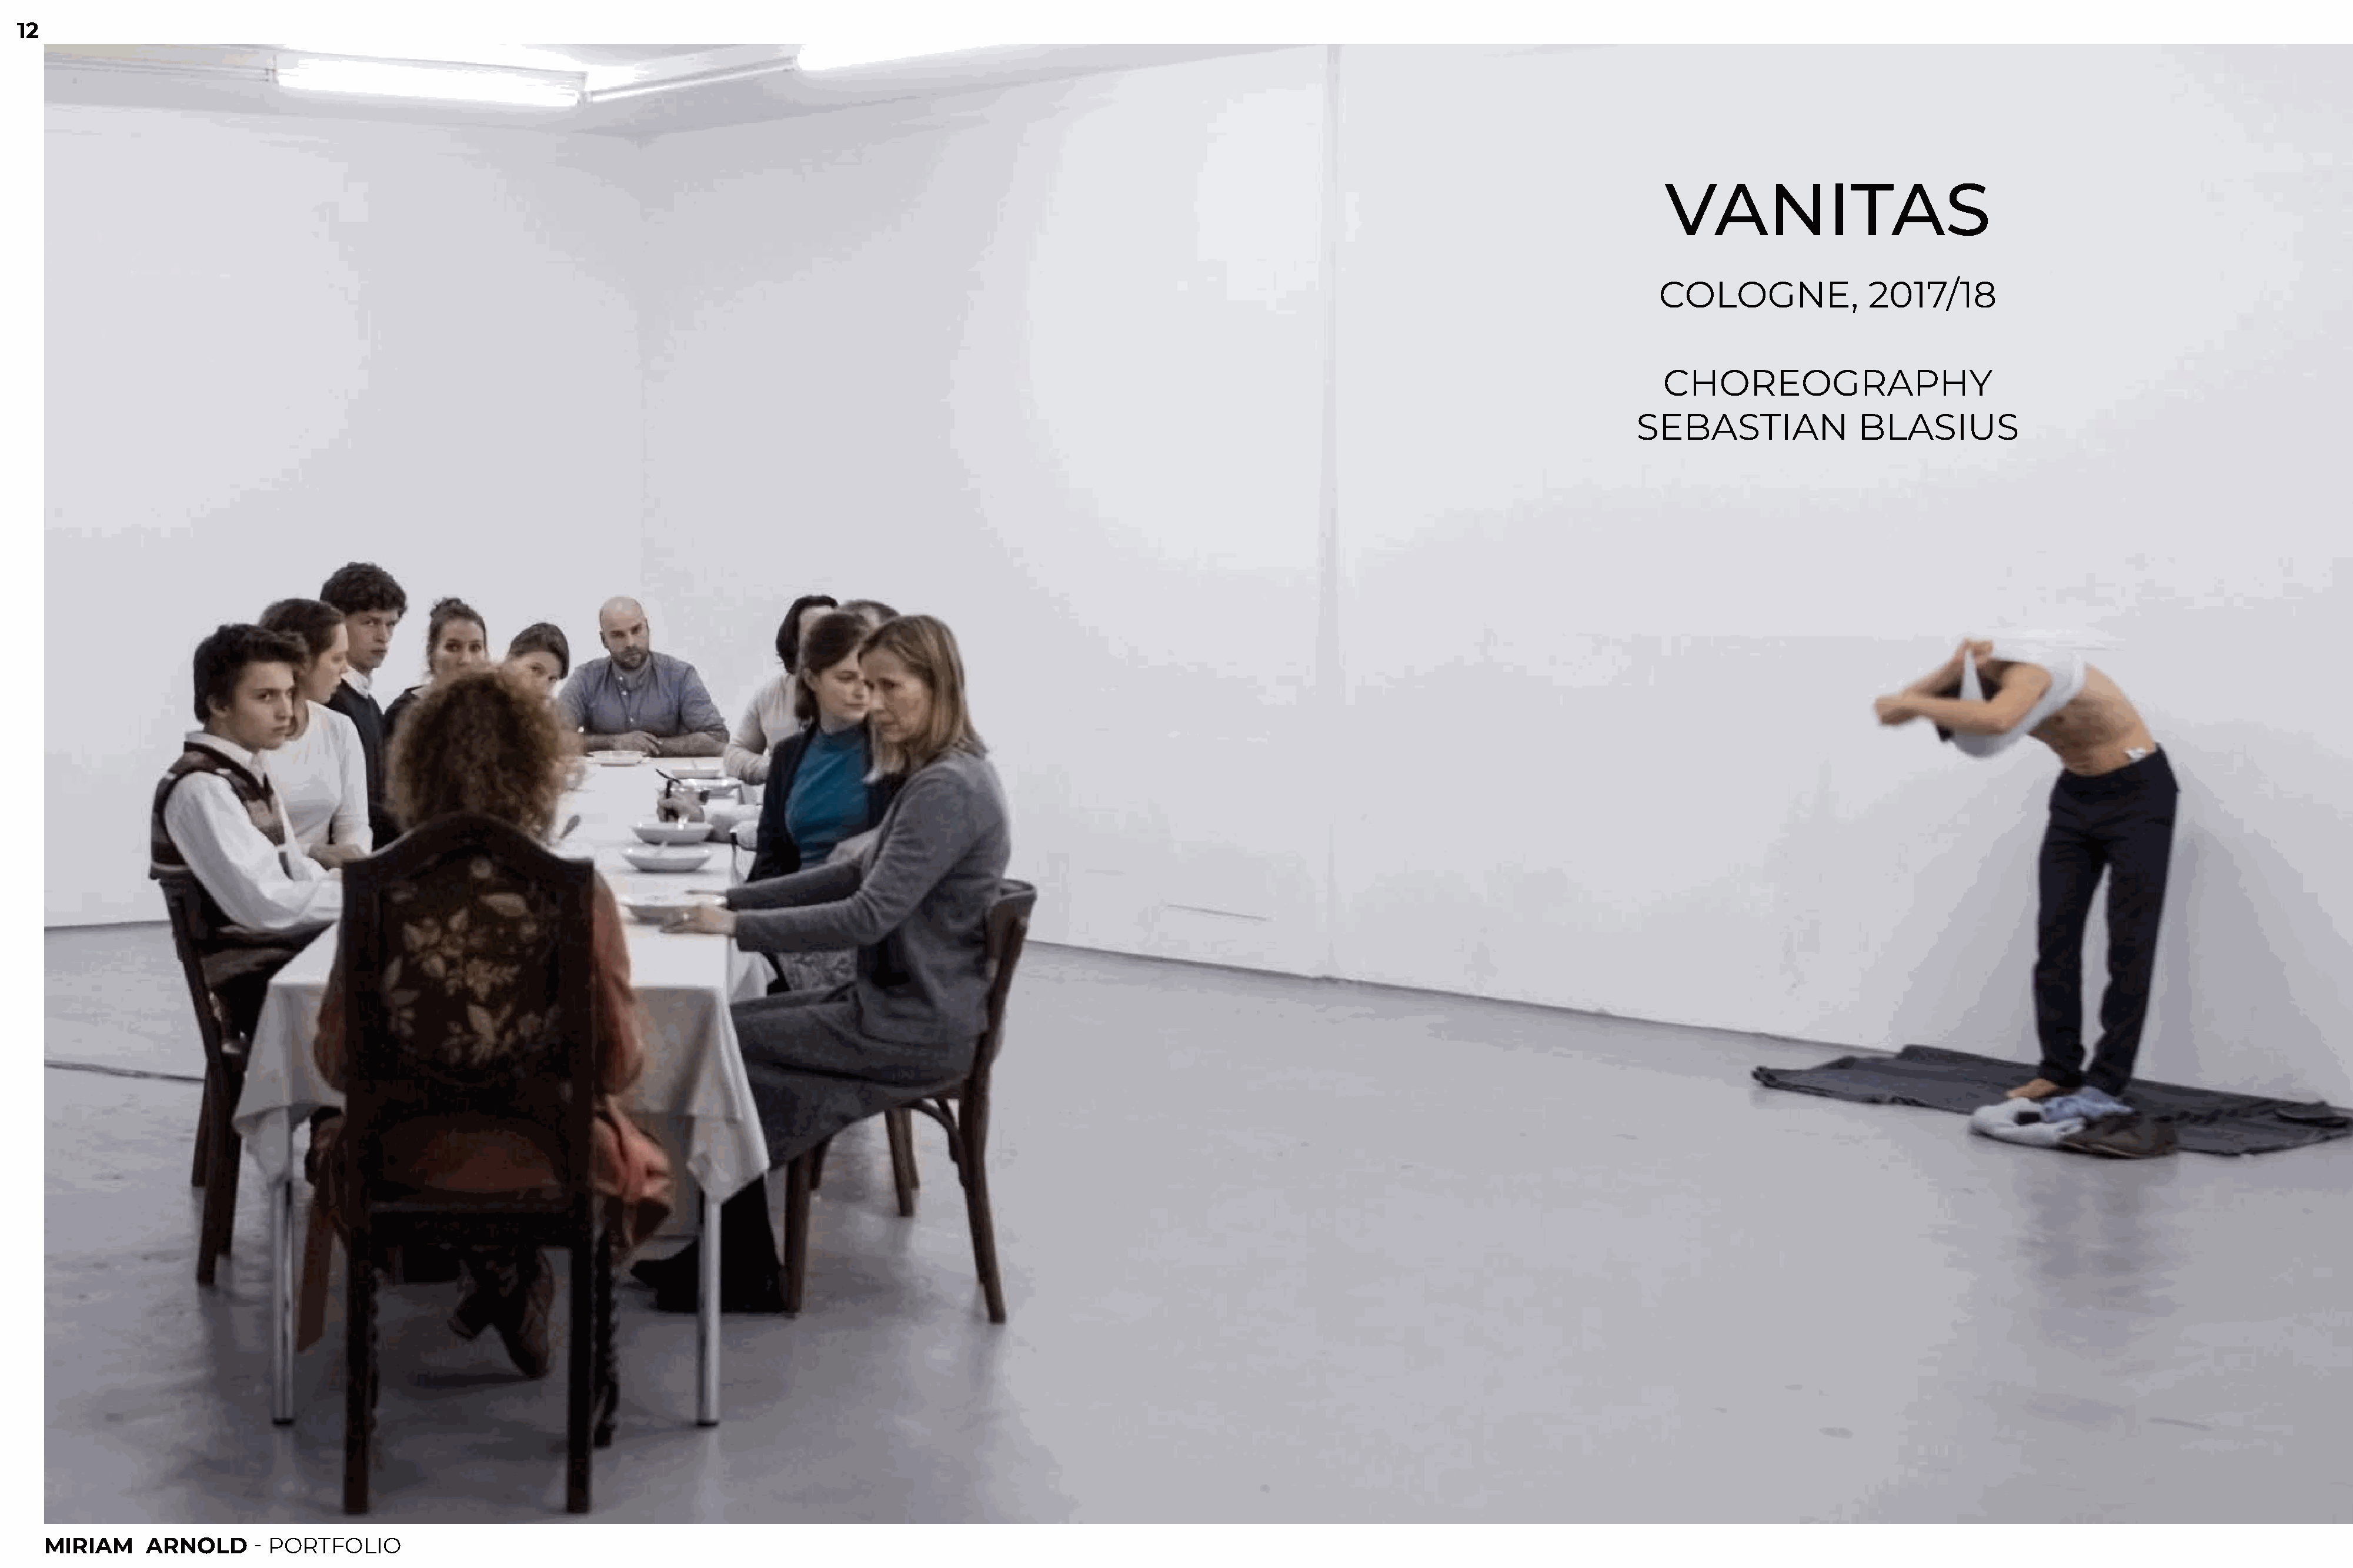
12
 VANITAS
 COLOGNE,               2017/18
 CHOREOGRAPHY
 SEBASTIAN                BLASIUS
 MIRIAM     ARNOLD       - PORTFOLIO